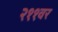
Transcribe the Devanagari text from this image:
२११वर